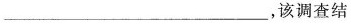
________________________，该调查结